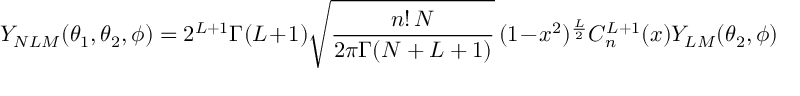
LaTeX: Y _ { N L M } ( \theta _ { 1 } , \theta _ { 2 } , \phi ) = 2 ^ { L + 1 } \Gamma ( L + 1 ) \sqrt { \frac { n ! \, N } { 2 \pi \Gamma ( N + L + 1 ) } } \, ( 1 - x ^ { 2 } ) ^ { \frac L 2 } C _ { n } ^ { L + 1 } ( x ) Y _ { L M } ( \theta _ { 2 } , \phi )